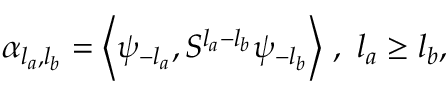
\alpha _ { l _ { a } , l _ { b } } = \left\langle { \psi _ { - l _ { a } } , S ^ { l _ { a } - l _ { b } } \psi _ { - l _ { b } } } \right\rangle \, , \ l _ { a } \geq l _ { b } ,